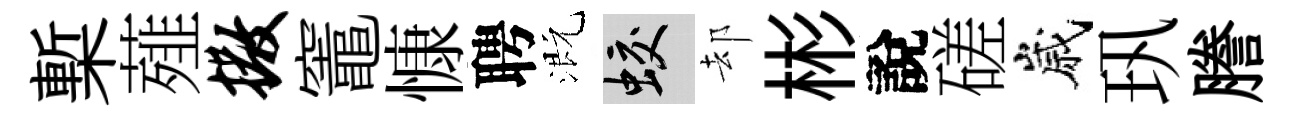
槧薤撒竈慷聘溉蛟却彬說磋嵗㺬謄